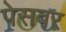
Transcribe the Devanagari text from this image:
पेसवर